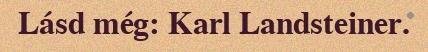
Lásd még: Karl Landsteiner.